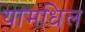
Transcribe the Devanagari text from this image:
यामधिल